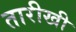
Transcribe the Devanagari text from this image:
तारीखी